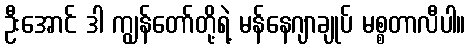
ဦးအောင် ဒါ ကျွန်တော်တို့ရဲ့ မန်နေဂျာချုပ် မစ္စတာလီပါ။